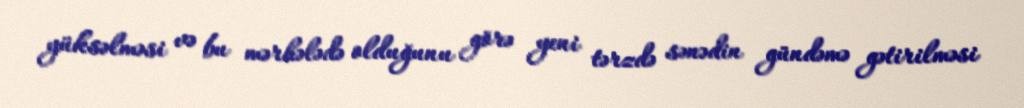
yüksəlməsi və bu mərhələdə olduğunu görə yeni tərzdə sənədin gündəmə gətirilməsi